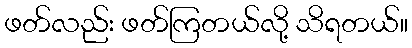
ဖတ်လည်း ဖတ်ကြတယ်လို့ သိရတယ်။